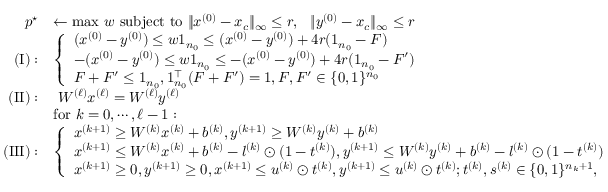
\begin{array} { r l } { p ^ { \star } } & { \leftarrow \mathrm { m a x } \ w \mathrm { ~ s u b j e c t ~ t o ~ } \| x ^ { ( 0 ) } - x _ { c } \| _ { \infty } \leq r , \ \ \mathrm \| y ^ { ( 0 ) } - x _ { c } \| _ { \infty } \leq r } \\ { \mathrm { ( I ) } : } & { \left\{ \begin{array} { l l } { ( x ^ { ( 0 ) } - y ^ { ( 0 ) } ) \leq w \mathrm { 1 } _ { n _ { 0 } } \leq ( x ^ { ( 0 ) } - y ^ { ( 0 ) } ) + 4 r ( \mathrm { 1 } _ { n _ { 0 } } - F ) } \\ { - ( x ^ { ( 0 ) } - y ^ { ( 0 ) } ) \leq w \mathrm { 1 } _ { n _ { 0 } } \leq - ( x ^ { ( 0 ) } - y ^ { ( 0 ) } ) + 4 r ( \mathrm { 1 } _ { n _ { 0 } } - F ^ { \prime } ) } \\ { F + F ^ { \prime } \leq \mathrm { 1 } _ { n _ { 0 } } , \mathrm { 1 } _ { n _ { 0 } } ^ { \top } ( F + F ^ { \prime } ) = 1 , F , F ^ { \prime } \in \{ 0 , 1 \} ^ { n _ { 0 } } } \end{array} \right. } \\ { \mathrm { ( I I ) } : } & { \ W ^ { ( \ell ) } x ^ { ( \ell ) } = W ^ { ( \ell ) } y ^ { ( \ell ) } } \\ & { \mathrm { f o r ~ } k = 0 , \cdots , \ell - 1 : } \\ { \mathrm { ( I I I ) } : } & { \left\{ \begin{array} { l l } { x ^ { ( k + 1 ) } \geq W ^ { ( k ) } x ^ { ( k ) } + b ^ { ( k ) } , y ^ { ( k + 1 ) } \geq W ^ { ( k ) } y ^ { ( k ) } + b ^ { ( k ) } } \\ { x ^ { ( k + 1 ) } \leq W ^ { ( k ) } x ^ { ( k ) } + b ^ { ( k ) } - l ^ { ( k ) } \odot ( 1 - t ^ { ( k ) } ) , y ^ { ( k + 1 ) } \leq W ^ { ( k ) } y ^ { ( k ) } + b ^ { ( k ) } - l ^ { ( k ) } \odot ( 1 - t ^ { ( k ) } ) } \\ { x ^ { ( k + 1 ) } \geq 0 , y ^ { ( k + 1 ) } \geq 0 , x ^ { ( k + 1 ) } \leq u ^ { ( k ) } \odot t ^ { ( k ) } , y ^ { ( k + 1 ) } \leq u ^ { ( k ) } \odot t ^ { ( k ) } ; t ^ { ( k ) } , s ^ { ( k ) } \in \{ 0 , 1 \} ^ { n _ { k } + 1 } , } \end{array} \right. } \end{array}